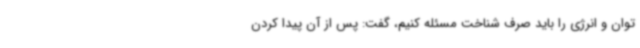
توان و انرژی را باید صرف شناخت مسئله کنیم، گفت: پس از آن پیدا کردن